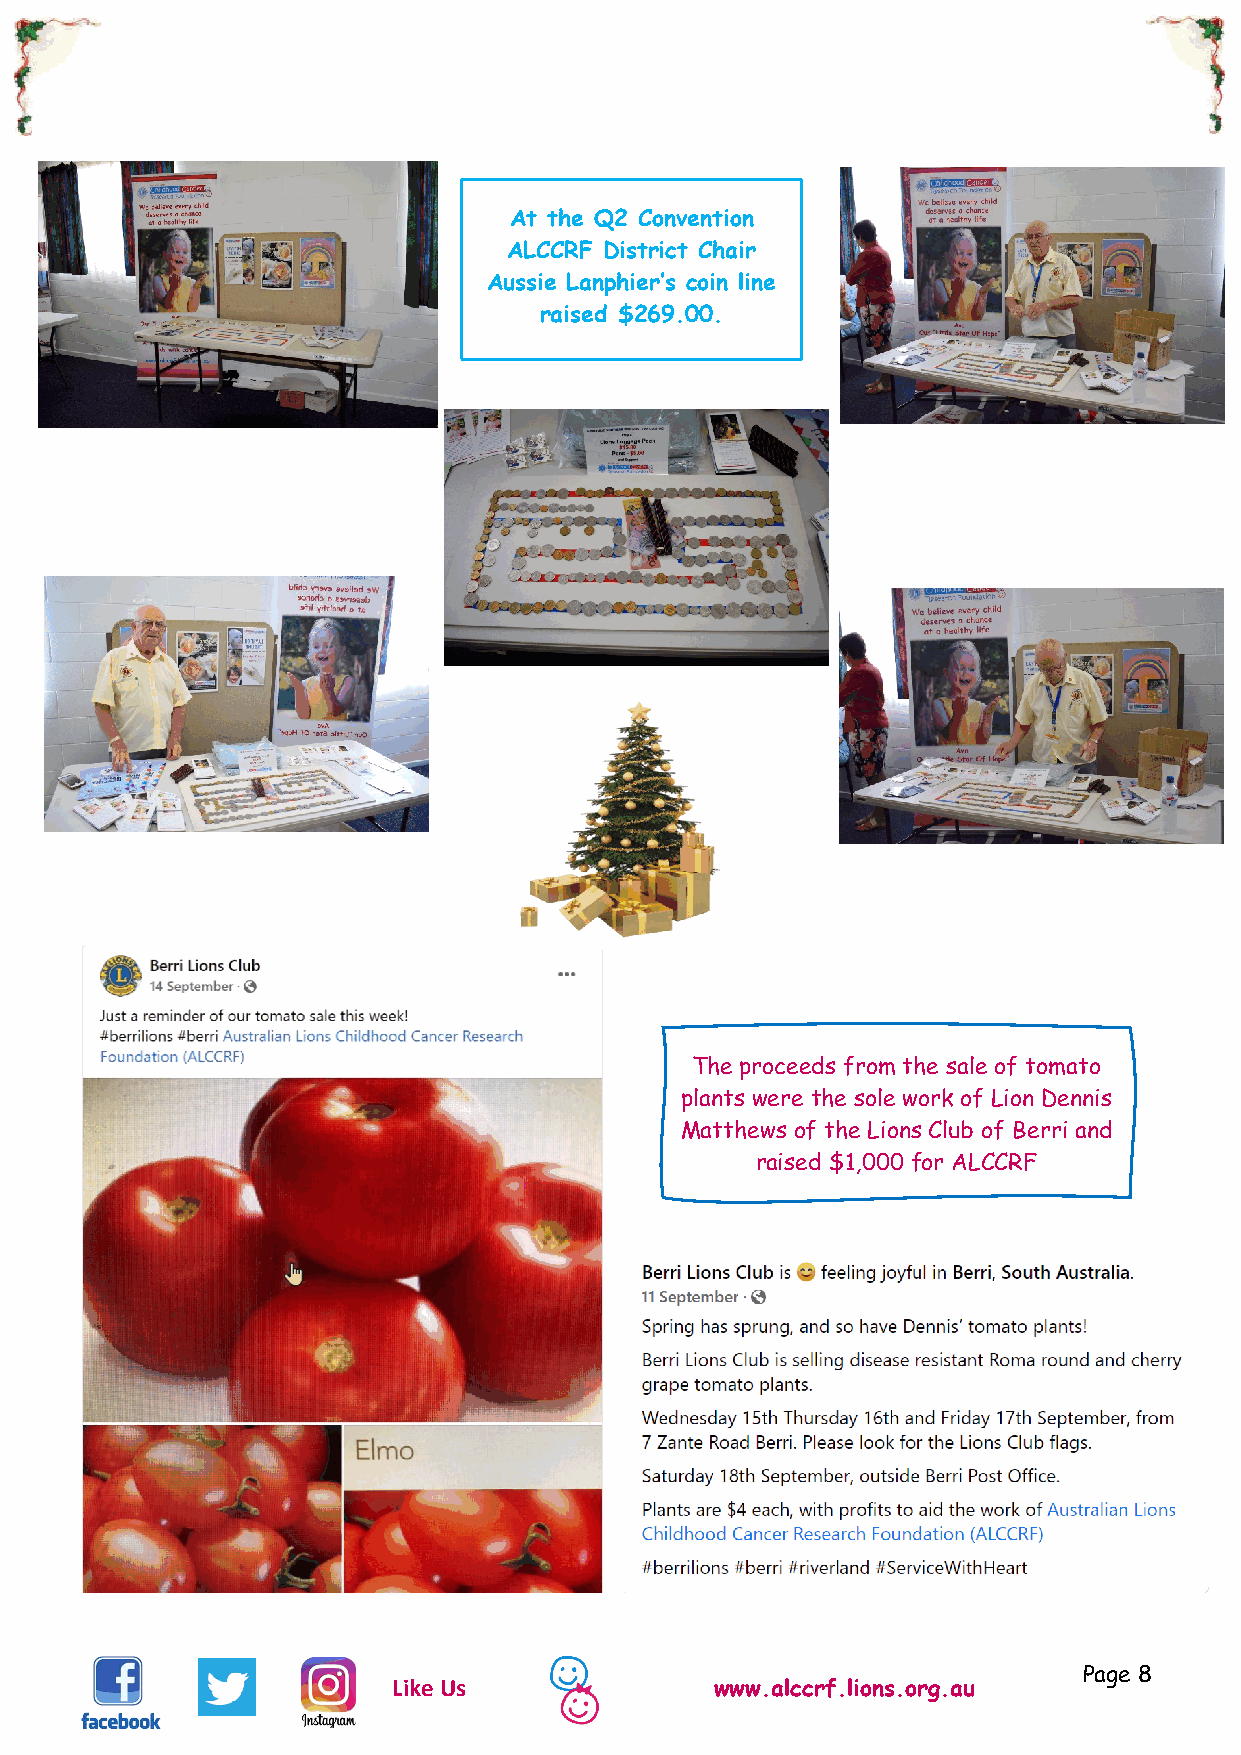
At the Q2 Convention
 ALCCRF District Chair
 Aussie Lanphier’s coin line
 raised $269.00.
 The proceeds from the sale of tomato
 plants were the sole work of Lion Dennis
 Matthews of the Lions Club of Berri and
 raised $1,000 for ALCCRF
 Page 8
 Like Us              www.alccrf.lions.org.au